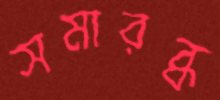
সমারব্ধ